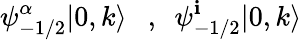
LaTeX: \psi_{-1/2}^{\alpha}|0,k\rangle~~~,~~\psi_{-1/2}^{\mathbf{i}}|0,k\rangle